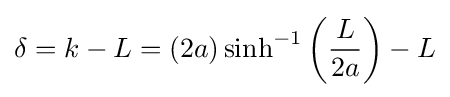
\delta =k-L=\left(2a\right)\sinh ^{-1}\left({\frac {L}{2a}}\right)-L